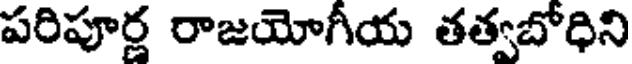
పరిపూర్ణ రాజయోగీయ తత్వబోధిని